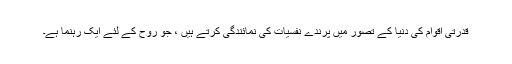
قدرتی اقوام کی دنیا کے تصور میں پرندے نفسیات کی نمائندگی کرتے ہیں ، جو روح کے لئے ایک رہنما ہے۔